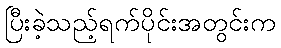
ပြီးခဲ့သည့်ရက်ပိုင်းအတွင်းက